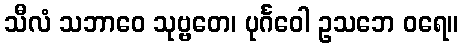
သီလံ သဘာဝေ သုဗ္ဗတေ၊ ပုင်္ဂဝေါ ဥသဘေ ဝရေ။